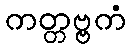
ကတ္တဗ္ဗကံ